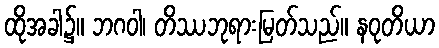
ထိုအခါ၌။ ဘဂဝါ၊ တိဿဘုရားမြတ်သည်။ နဝုတိယာ